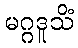
မဂ္ဂဒူသိံ